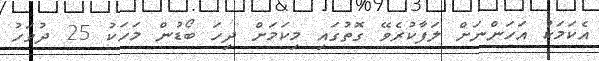
އެކަމަކު އަހަންނަށް ލަފާކުރެވޭ ގޮތުގައި މިކަމަށް ދިހަ ބޯޑުން މަހަކު 25 ދުވަހު